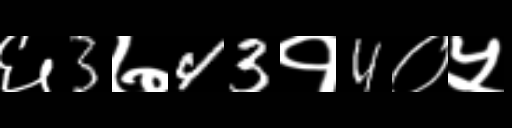
Text: ६3७43१4०५